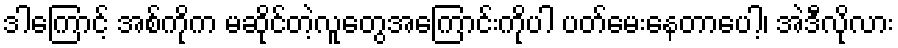
ဒါကြောင့် အစ်ကိုက မဆိုင်တဲ့လူတွေအကြောင်းကိုပါ ပတ်မေးနေတာပေါ့၊ အဲဒီလိုလား